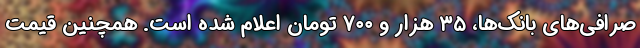
صرافی‌های بانک‌ها، ۳۵ هزار و ۷۰۰ تومان اعلام شده است. همچنین قیمت